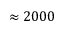
\approx 2 0 0 0